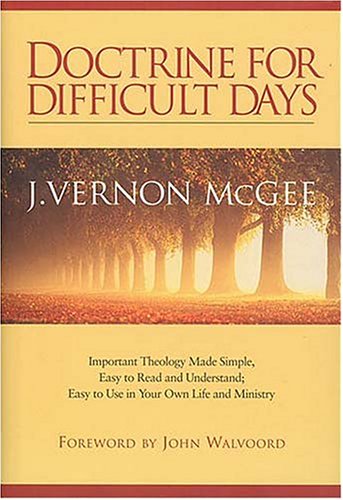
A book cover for Doctrine For Difficult Days: Important Theology Made Simple; J. Vernon McGee; Christian Books & Bibles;